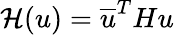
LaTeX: \mathcal{H}(u)=\overline{{u}}^{T}Hu